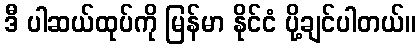
ဒီ ပါဆယ်ထုပ်ကို မြန်မာ နိုင်ငံ ပို့ချင်ပါတယ်။